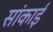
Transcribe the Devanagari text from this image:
सांकाई